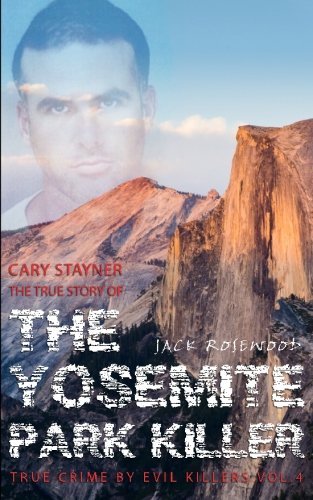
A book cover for Cary Stayner: The True Story of The Yosemite Park Killer: Historical Serial Killers and Murderers (True Crime by Evil Killers) (Volume 4); Jack Rosewood; Biographies & Memoirs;